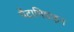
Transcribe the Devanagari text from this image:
पेंटामिडाइन